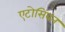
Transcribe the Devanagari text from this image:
एटोसिबन